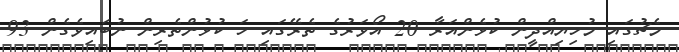
މެޗުގައި މުހިޔިއްދީން ކުޅެންއަރާ 20 އޯވަރުގެ ތެރޭގައި ހަ ކުޅުންތެރިން ނުބައިވެގެން 93